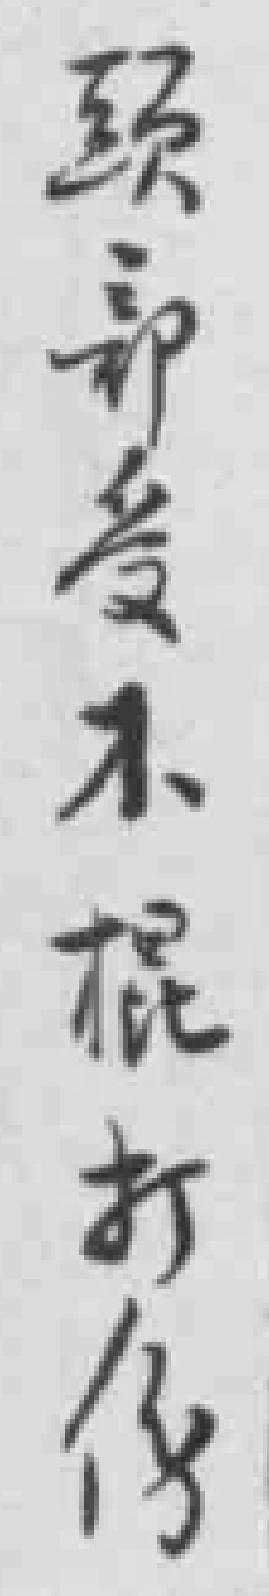
頭部受木棍打伤